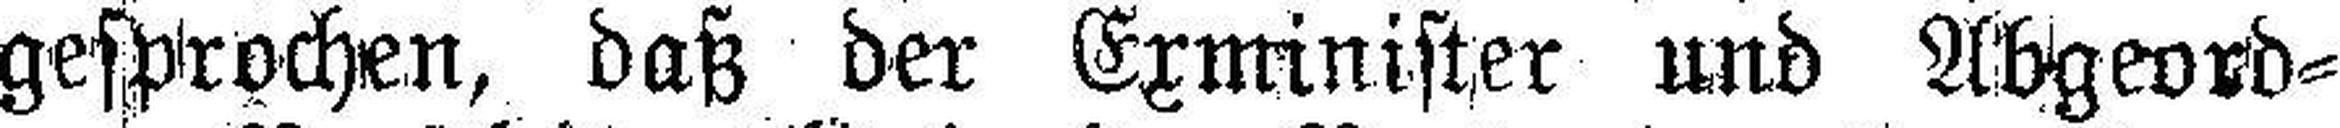
gesprochen, daß der Exminister und Abgeord¬